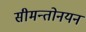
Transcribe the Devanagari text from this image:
सीमन्तोनयन